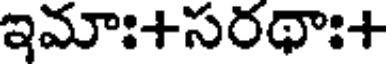
ఇమాః+సరథాః+